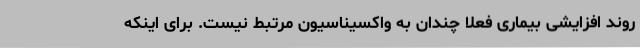
روند افزایشی بیماری فعلا چندان به واکسیناسیون مرتبط نیست. برای اینکه